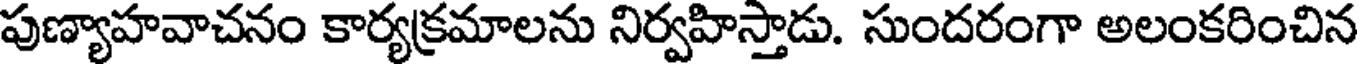
పుణ్యాహవాచనం కార్యక్రమాలను నిర్వహిస్తాడు. సుందరంగా అలంకరించిన